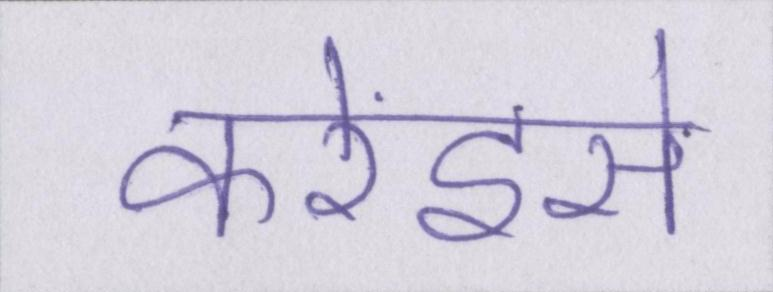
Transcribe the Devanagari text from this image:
करेंइसे